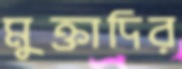
মুক্তাদির